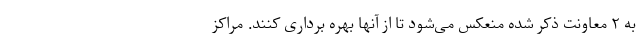
به ۲ معاونت ذکر شده منعکس می‌شود تا از آنها بهره برداری کنند. مراکز